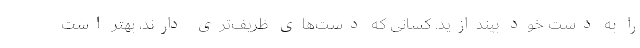
را به دست خود بیندازید. کسانی که دست‌های ظریف‌تری دارند، بهتر است